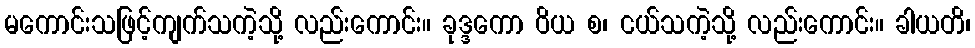
မကောင်းသဖြင့်ကျက်သကဲ့သို့ လည်းကောင်း။ ခုဒ္ဒကော ဝိယ စ၊ ငယ်သကဲ့သို့ လည်းကောင်း။ ခါယတိ၊